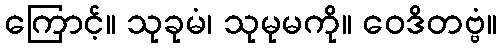
ကြောင့်။ သုခုမံ၊ သုမုမကို။ ဝေဒိတဗ္ဗံ။